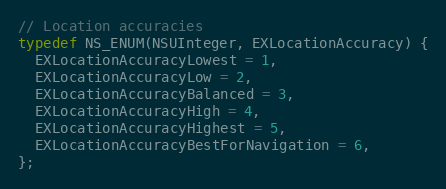
Language: C
// Location accuracies
typedef NS_ENUM(NSUInteger, EXLocationAccuracy) {
  EXLocationAccuracyLowest = 1,
  EXLocationAccuracyLow = 2,
  EXLocationAccuracyBalanced = 3,
  EXLocationAccuracyHigh = 4,
  EXLocationAccuracyHighest = 5,
  EXLocationAccuracyBestForNavigation = 6,
};